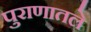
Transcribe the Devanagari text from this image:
पुराणातले